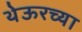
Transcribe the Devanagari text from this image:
थेऊरच्या